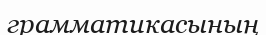
грамматикасының